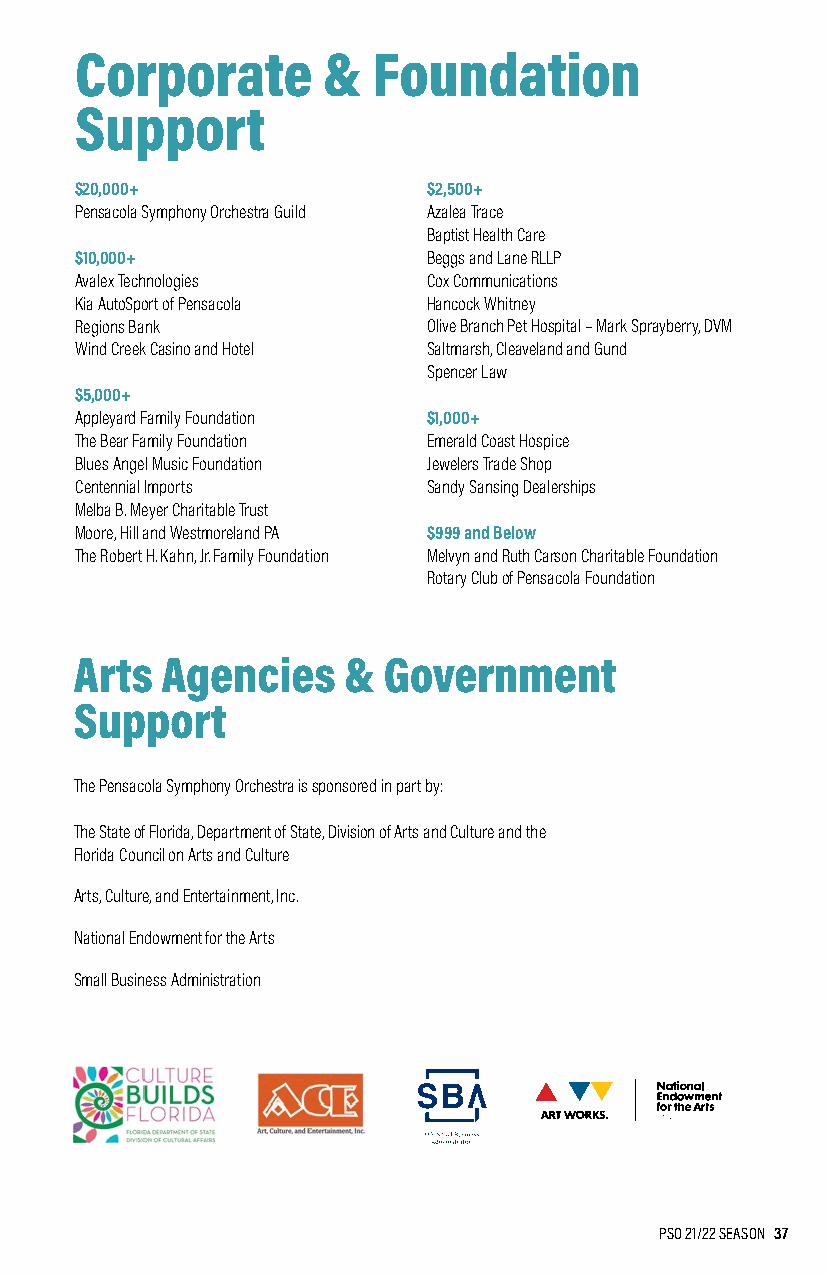
Corporate       &   Foundation
 Support
 $20,000+               $2,500+
 Pensacola Symphony Orchestra Guild Azalea Trace
 Baptist Health Care
 $10,000+               Beggs and Lane RLLP
 Avalex Technologies    Cox Communications
 Kia AutoSport of Pensacola Hancock Whitney
 Regions Bank           Olive Branch Pet Hospital – Mark Sprayberry, DVM
 Wind Creek Casino and Hotel Saltmarsh, Cleaveland and Gund
 Spencer Law
 $5,000+
 Appleyard Family Foundation $1,000+
 The Bear Family Foundation Emerald Coast Hospice
 Blues Angel Music Foundation Jewelers Trade Shop
 Centennial Imports     Sandy Sansing Dealerships
 Melba B. Meyer Charitable Trust
 Moore, Hill and Westmoreland PA $999 and Below
 The Robert H. Kahn, Jr. Family Foundation Melvyn and Ruth Carson Charitable Foundation
 Rotary Club of Pensacola Foundation
 Arts  Agencies    & Government
 Support
 The Pensacola Symphony Orchestra is sponsored in part by:
 The State of Florida, Department of State, Division of Arts and Culture and the
 Florida Council on Arts and Culture
 Arts, Culture, and Entertainment, Inc.
 National Endowment for the Arts
 Small Business Administration
 PSO 21/22 SEASON 37